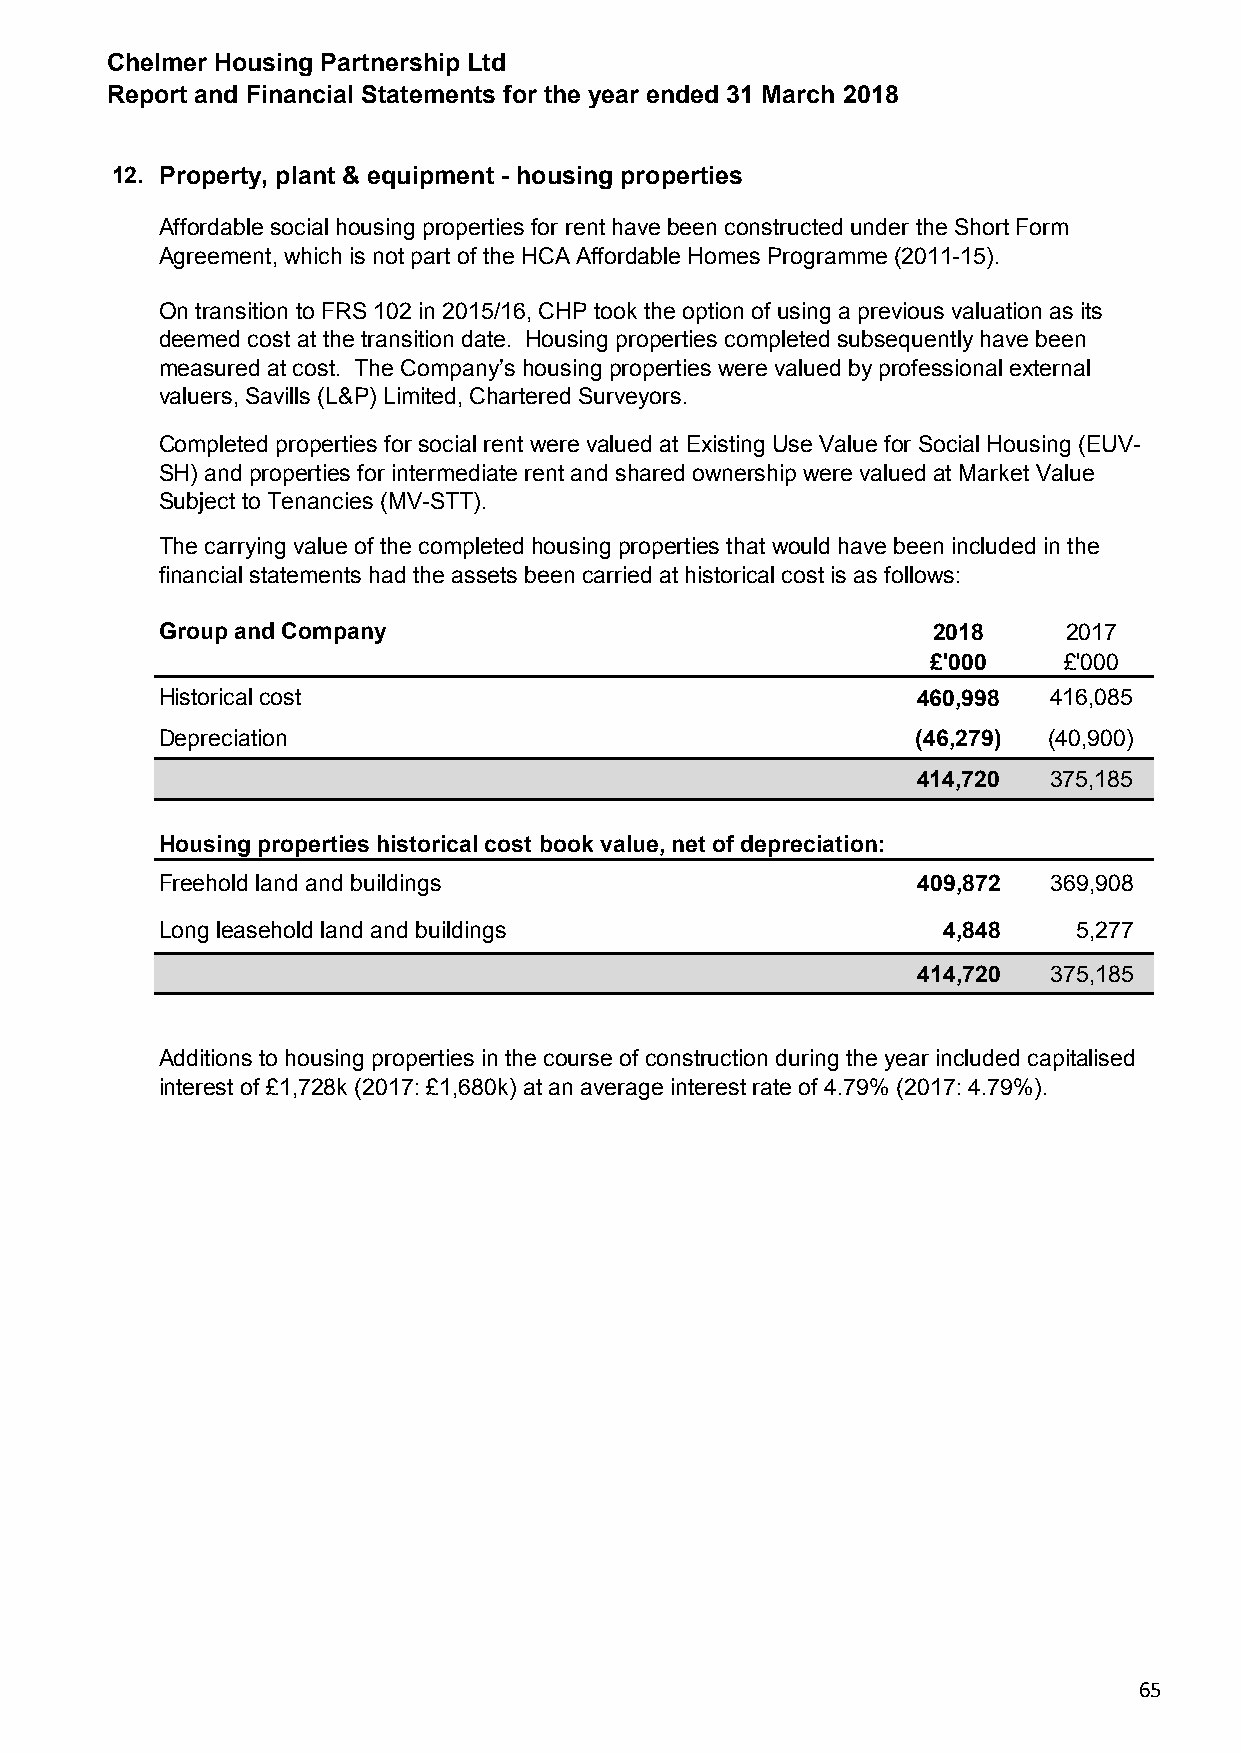
Chelmer Housing Partnership Ltd
 Report and Financial Statements for the year ended 31 March 2018
 12. Property, plant & equipment - housing properties
 Affordable social housing properties for rent have been constructed under the Short Form
 Agreement, which is not part of the HCA Affordable Homes Programme (2011-15).
 On transition to FRS 102 in 2015/16, CHP took the option of using a previous valuation as its
 deemed cost at the transition date. Housing properties completed subsequently have been
 measured at cost. The Company’s housing properties were valued by professional external
 valuers, Savills (L&P) Limited, Chartered Surveyors.
 Completed properties for social rent were valued at Existing Use Value for Social Housing (EUV-
 SH) and properties for intermediate rent and shared ownership were valued at Market Value
 Subject to Tenancies (MV-STT).
 The carrying value of the completed housing properties that would have been included in the
 financial statements had the assets been carried at historical cost is as follows:
 Group and Company                                  2018     2017
 £'000   £'000
 Historical cost                                   460,998 416,085
 Depreciation                                      (46,279) (40,900)
 414,720 375,185
 Housing properties historical cost book value, net of depreciation:
 Freehold land and buildings                       409,872 369,908
 Long leasehold land and buildings                  4,848    5,277
 414,720 375,185
 Additions to housing properties in the course of construction during the year included capitalised
 interest of £1,728k (2017: £1,680k) at an average interest rate of 4.79% (2017: 4.79%).
 65